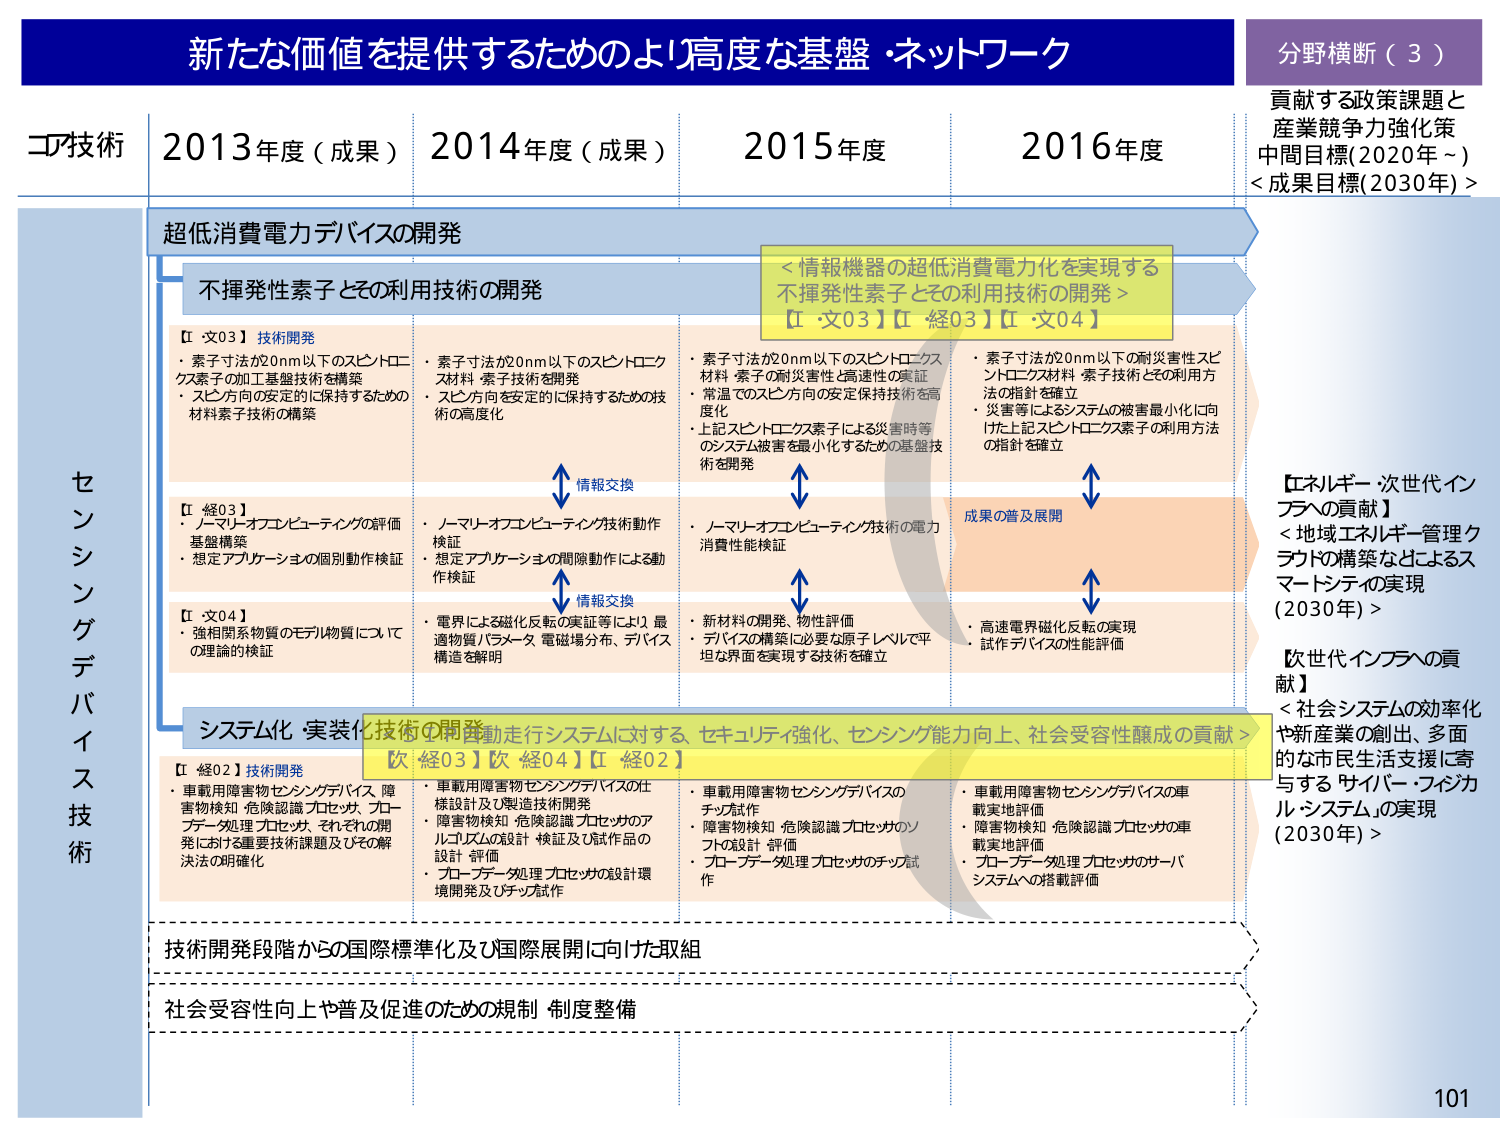
新たな価値を提供するためのより高度な基盤・ネットワーク

分野横断（３）
貢献する政策課題と
産業競争力強化策
中間目標（2020年～）
＜成果目標（2030年）＞

コア技術
2013年度（成果）
2014年度（成果）
2015年度
2016年度

センシングデバイス技術

超低消費電力デバイスの開発

不揮発性素子とその利用技術の開発

【文03】技術開発
・素子寸法が20nm以下のスピントロニクス素子の加工基盤技術を構築
・スピン方向の安定的に保持するための材料素子技術の構築

【経03】
・ノーマリーオンコンピューティングの評価基盤構築
・想定アプリケーションの個別動作検証

【文04】
・強相関系物質のモデル物質についての理論的検証

【文03】【経03】【文04】

＜情報機器の超低消費電力化を実現する不揮発性素子とその利用技術の開発＞

・素子寸法が20nm以下のスピントロニクス材料・素子技術を開発
・スピン方向を安定的に保持するための技術の高度化

・素子寸法が20nm以下のスピントロニクス材料・素子の耐災害性と高速性の実証
・常温でのスピン方向の安定保持技術を高度化
・上記スピントロニクス素子による災害時等のシステム被害を最小化するための基盤技術を開発

・素子寸法が20nm以下の耐災害性スピントロニクス材料・素子技術とその利用方法の指針を確立
・災害等によるシステムの被害最小化に向けた上記スピントロニクス素子の利用方法の指針を確立

情報交換

成果の普及展開

・ノーマリーオンコンピューティング技術動作検証
・想定アプリケーションの間際動作による動作検証

・ノーマリーオンコンピューティング技術の電力消費性能検証

・電界による磁化反転の実証等により、最適物質パラメータ、電磁場分布、デバイス構造を解明

・新材料の開発、物性評価
・デバイスの構築に必要な原子レベルで平坦な界面を実現する技術を確立

・高速電界磁化反転の実現
・試作デバイスの性能評価

情報交換

システム化・実装化技術の開発

【経02】技術開発
・車載用障害物センシングデバイス、障害物検知・危険認識プロセッサ、フローデータ処理プロセッサ、それぞれの開発における重要技術課題及びその解決法の明確化

【経03】【経04】【経02】

＜自動走行システムに対する、セキュリティ強化、センシング能力向上、社会受容性醸成の貢献＞

・車載用障害物センシングデバイスの仕様設計及び製造技術開発
・障害物検知・危険認識プロセッサのアルゴリズムの設計・検証及び試作品の設計・評価
・フローデータ処理プロセッサの設計環境開発及びチップ試作

・車載用障害物センシングデバイスのチップ試作
・障害物検知・危険認識プロセッサのソフの設計・評価
・フローデータ処理プロセッサのチップ試作

・車載用障害物センシングデバイスの車載実地評価
・障害物検知・危険認識プロセッサの車載実地評価
・フローデータ処理プロセッサのサーバシステムへの搭載評価

技術開発段階からの国際標準化及び国際展開に向けた取組

社会受容性向上や普及促進のための規制・制度整備

【エネルギー・次世代インフラへの貢献】
＜地域エネルギー管理クラウドの構築などによるスマートシティの実現（2030年）＞

【次世代インフラへの貢献】
＜社会システムの効率化や新産業の創出、多面的な市民生活支援に寄与する「サイバー・フィジカルシステム」の実現（2030年）＞

101